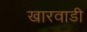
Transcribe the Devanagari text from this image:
खारवाडी